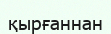
қырғаннан